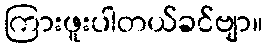
ကြားဖူးပါတယ်ခင်ဗျာ။